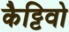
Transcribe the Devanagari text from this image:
कैट्टिवो